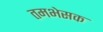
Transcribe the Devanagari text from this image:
तमभेसक